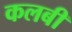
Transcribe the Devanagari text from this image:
कलबी